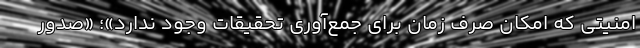
امنیتی که امکان صَرف زمان برای جمع‌آوری تحقیقات وجود ندارد»؛ «صدور